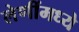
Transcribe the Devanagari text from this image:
लेणींमध्ये